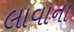
લાવાના